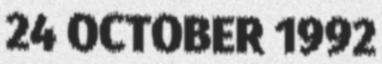
24 OCTOBER 1992